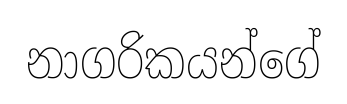
නාගරිකයන්ගේ